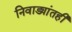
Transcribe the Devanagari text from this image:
निवाड्यांतही